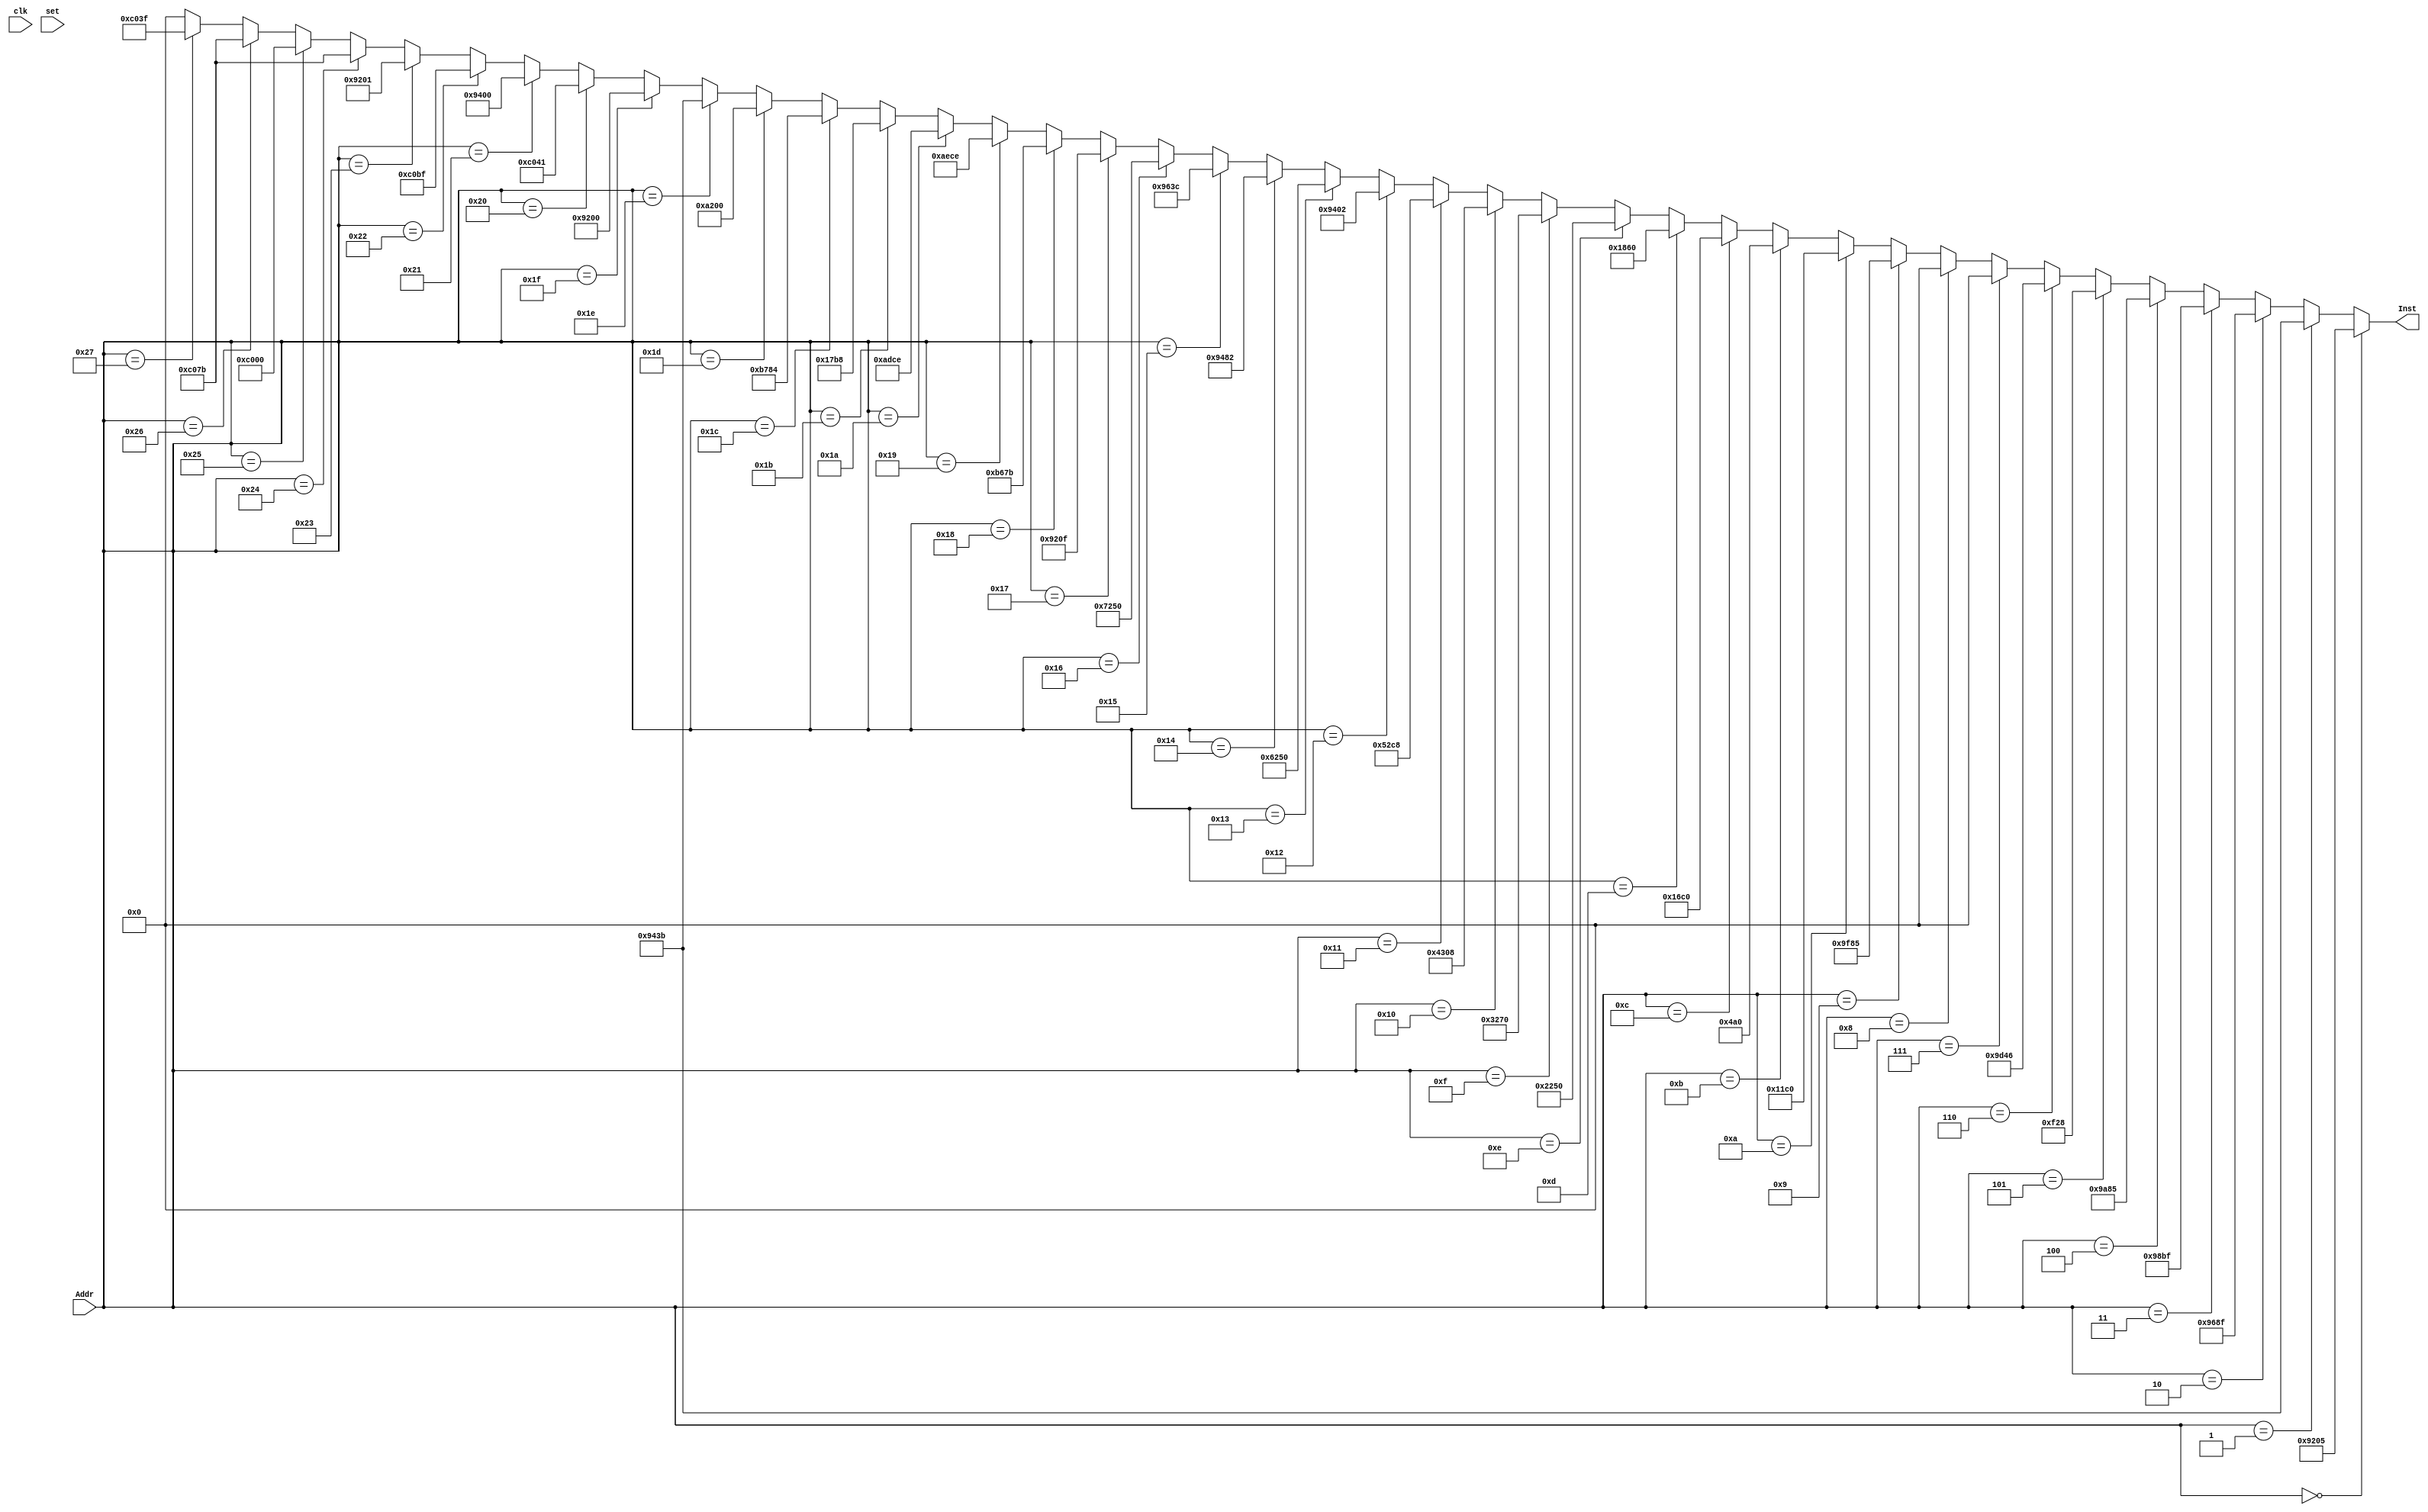
module InstMem(Addr, Inst, clk, set);
  input[15:0] Addr;
  input clk, set;
  output [15:0] Inst;
  
  reg [15:0] InstMem [0:1024*64-1];
  
  assign Inst = 
			(Addr == 'd0 ) ? 'b1001_001_000_000_101: // addi r1 = 5	
			(Addr == 'd1 ) ? 'b1001_010_000_111_011: // addi r2 = -5	
			(Addr == 'd2 ) ? 'b1001_011_010_001_111: // addi r3 = R2 +15 = 10
			(Addr == 'd3 ) ? 'b1001_100_010_111_111: // addi r4 = R2 - 1 = -6
			(Addr == 'd4 ) ? 'b1001_101_010_000_101: // addi r5 = R2 + 5 = 0
			(Addr == 'd5 ) ? 'b0000_111_100_101_000: //nop
			(Addr == 'd6 ) ? 'b1001_110_101_000_110: // addi r6 = R5 + 6 = 6
			(Addr == 'd7 ) ? 'b0000_000_000_000_000: //nop
			(Addr == 'd8 ) ? 'b0000_000_000_000_000: //nop
			(Addr == 'd9 ) ? 'b1001_111_110_000_101: // addi r7 = R6 + 5 = 11
			(Addr == 'd10) ? 'b0001_000_111_000_000: // add R0 =R7 +R0 = 0
			(Addr == 'd11) ? 'b0000_010_010_100_000: // nop
			(Addr == 'd12) ? 'b0001_011_011_000_000: // add R3 =R3 +R0 = 10
			(Addr == 'd13) ? 'b0001_100_001_100_000: // add R4 =R1 +R4 = -1
			(Addr == 'd14) ? 'b0010_001_001_010_000: // SUB R1 =R1 - R2 = 10	
			(Addr == 'd15) ? 'b0011_001_001_110_000: // AND R1 =R1 &R6 = 00000010= 2
			(Addr == 'd16) ? 'b0100_001_100_001_000: // OR  R1 =R4 |R1 = 111111 = -1
			(Addr == 'd17) ? 'b0101_001_011_001_000: // XOR R1 =R3^R1 = 110101 = -11
			(Addr == 'd18) ? 'b1001_010_000_000_010: // Adi R2 = 2
			(Addr == 'd19) ? 'b0110_001_001_010_000: // SL  R1 =R1 <<R2 = 11010100
			(Addr == 'd20) ? 'b1001_010_010_000_010: // Adi R2 = R2 + 2 = 4 
			(Addr == 'd21) ? 'b1001_011_000_111_100: // Adi R3 = -4
			(Addr == 'd22) ? 'b0111_001_001_010_000: // SR  R1 =R1 >>R2 = 11111101 
			(Addr == 'd23) ? 'b1001_001_000_001_111: // addi r1 = 15
			(Addr == 'd24) ? 'b1011_011_001_111_011: // ST  Mem(R1-5 = 10) <- R3 = -4
			(Addr == 'd25) ? 'b1010_111_011_001_110: // Ld  R7 <- Mem(14 + R3 = 10) = -4
			(Addr == 'd26) ? 'b1010_110_111_001_110: // Ld  R6 <- Mem(14 + R7 = 4) = -4
			(Addr == 'd27) ? 'b0001_011_110_111_000: // Add R3 = R6 + R7 = -8
			(Addr == 'd28) ? 'b1011_011_110_000_100: // ST  Mem(R6 + 4 = 0) <- R3 = -8
			(Addr == 'd29) ? 'b1010_001_000_000_000: // Ld  R1 <- Mem(0 + R0 = 0) = -8
			(Addr == 'd30) ? 'b1001_010_000_111_011: // Adi R2 = -5
			(Addr == 'd31) ? 'b1001_001_000_000_000: // Adi R1 = 0
			(Addr == 'd32) ? 'b1100_000_001_000_001: // BR  R1 , 1 , YES
			(Addr == 'd33) ? 'b1001_010_000_000_000: // Adi R2 = 0	
			(Addr == 'd34) ? 'b1100_000_010_111_111: // BR  R2 , -1 , NOT	
			(Addr == 'd35) ? 'b1001_001_000_000_001: // Adi R1 = 1	
			(Addr == 'd36) ? 'b1100_000_001_111_011: // BR  R1 , -5 , NOT	
			(Addr == 'd37) ? 'b1100_000_000_000_000: // BR  R0 , 0 , YES	
			(Addr == 'd38) ? 'b1100_000_001_111_011: // BR  R1 , -5 , NOT 
			(Addr == 'd39) ? 'b1100_000_000_111_111: // BR  R0 , -1 , YES	
							 'b0000_000_000_000000;
					 
					 
					 /*
					 (Addr == 'd1) ? 'h1098 : //add 3, 4 -> 7
					 (Addr == 'd2) ? 'h20E0 : //sub 3, 4 -> F
					 (Addr == 'd3) ? 'h3098 : //and 3, 4 -> 0
					 (Addr == 'd4) ? 'h41D0 : //or  15, 3 -> F
					 (Addr == 'd5) ? 'h81B8 : //SRU 0x8000, 15 -> F
					 (Addr == 'd6) ? 'h71B8 : //SR 0x8000, 15 -> 1
					 */
  
  /*
  always @(*) begin
    if (set)
      //$readmemb("inst_mem.txt", InstMem);
    else
      Inst <= InstMem[Addr];
  end
  */
endmodule